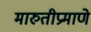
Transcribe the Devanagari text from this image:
मारुतीप्रमाणे